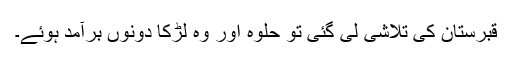
قبرستان کی تلاشی لی گئی تو حلوہ اور وہ لڑکا دونوں برآمد ہوئے۔